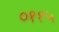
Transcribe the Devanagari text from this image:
०११५